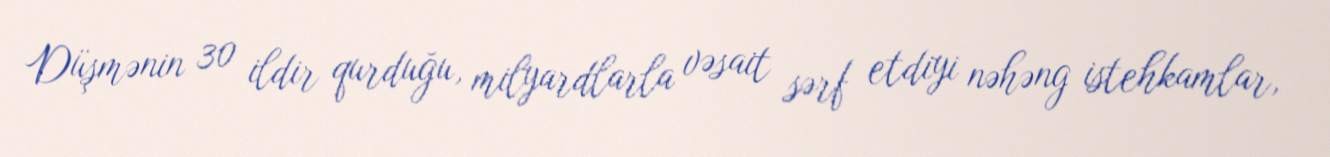
Düşmənin 30 ildir qurduğu, milyardlarla vəsait sərf etdiyi nəhəng istehkamlar,